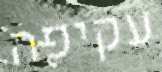
עקיפה